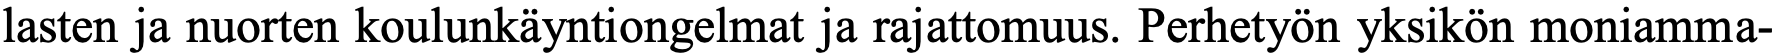
lasten ja nuorten koulunkäyntiongelmat ja rajattomuus. Perhetyön yksikön moniamma-